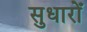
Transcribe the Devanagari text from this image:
सुधारोँ